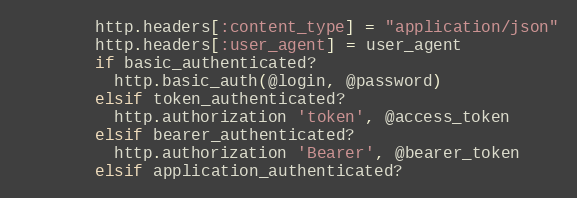
Language: Ruby
        http.headers[:content_type] = "application/json"
        http.headers[:user_agent] = user_agent
        if basic_authenticated?
          http.basic_auth(@login, @password)
        elsif token_authenticated?
          http.authorization 'token', @access_token
        elsif bearer_authenticated?
          http.authorization 'Bearer', @bearer_token
        elsif application_authenticated?